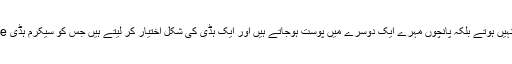
یہ مہرے بھی تعداد میں پانچ ہوتے ہیں مگر دیگر مہروں کی طرح انفرادی طور پر الگ الگ نہیں ہوتے بلکہ پانچوں مہرے ایک دوسرے میں پوست ہوجاتے ہیں اور ایک ہڈی کی شکل اختیار کر لیتے ہیں جس کو سیکرم ہڈی Sacrum Bone کہتے ہے اور یہ ہڈی دونوں کہولوں کی ہڈیوں کے درمیان موجود ہوتی ہے۔